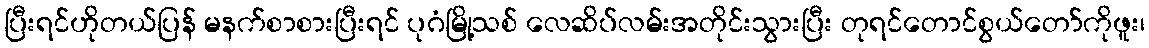
ပြီးရင်ဟိုတယ်ပြန် မနက်စာစားပြီးရင် ပုဂံမြို့သစ် လေဆိပ်လမ်းအတိုင်းသွားပြီး တုရင်တောင်စွယ်တော်ကိုဖူး၊